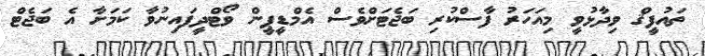
ތައުފީޤް ވިދާޅުވީ މިއަހަރު ފާސްކުރި ބަޖެޓަށްވެސް އެމްޑީޕީން ވޯޓްދީފައިނުވާ ކަމަށާ އެ ބަޖެޓް